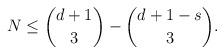
LaTeX: \begin{align*}N \le \binom{d+1}{3} - \binom{d+1-s}{3}.\end{align*}